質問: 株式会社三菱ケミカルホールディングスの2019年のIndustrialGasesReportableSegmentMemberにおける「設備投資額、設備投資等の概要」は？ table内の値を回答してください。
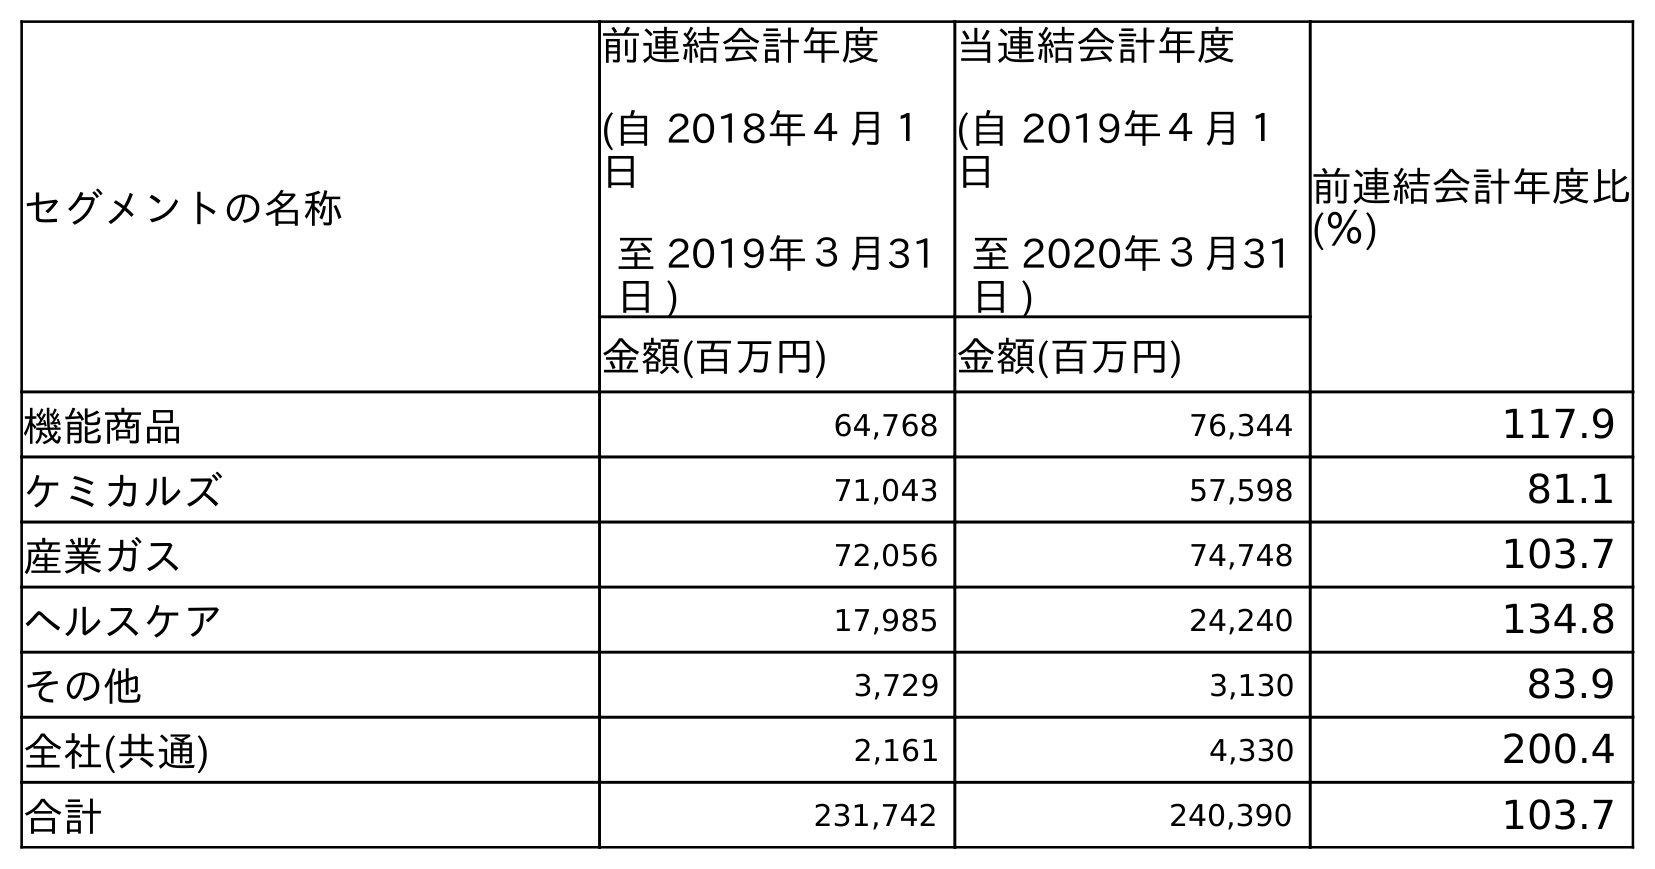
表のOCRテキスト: セグメントの名称 前連結会計年度 (自 2018年４月１ 日 至 2019年３月31 日 ) 当連結会計年度 (自 2019年４月１ 日 至 2020年３月31 日 ) 前連結会計年度比 (％) 金額(百万円) 金額(百万円) 機能商品 64,768 76,344 117.9 ケミカルズ 71,043 57,598 81.1 産業ガス 72,056 74,748 103.7 ヘルスケア 17,985 24,240 134.8 その他 3,729 3,130 83.9 全社(共通) 2,161 4,330 200.4 合計 231,742 240,390 103.7
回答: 72,056